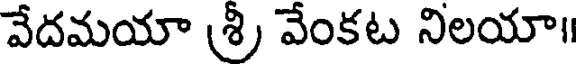
వేదమయా శ్రీ వేంకట నిలయా